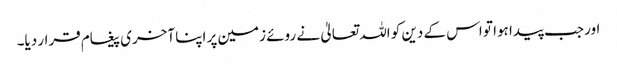
اور جب پیدا ہوا تو اس کے دین کو اللہ تعالیٰ نے روئے زمین پر اپنا آخری پیغام قرار دیا۔